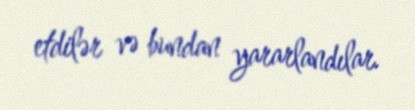
etdilər və bundan yararlandılar.